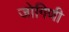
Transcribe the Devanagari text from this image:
जोगिणी